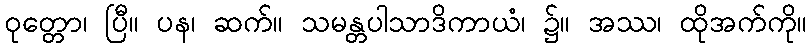
ဝုတ္တော၊ ပြီ။ ပန၊ ဆက်။ သမန္တပါသာဒိကာယံ၊ ၌။ အဿ၊ ထိုအက်ကို။